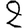
Digit: 2